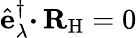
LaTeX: \hat{\mathbf{e}}_{\lambda}^{\dagger}{\boldsymbol{\cdot}}\, {\mathbf{R}}_{\mathrm{H}}=0